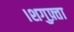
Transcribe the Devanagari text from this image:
।शगुफ़्ता